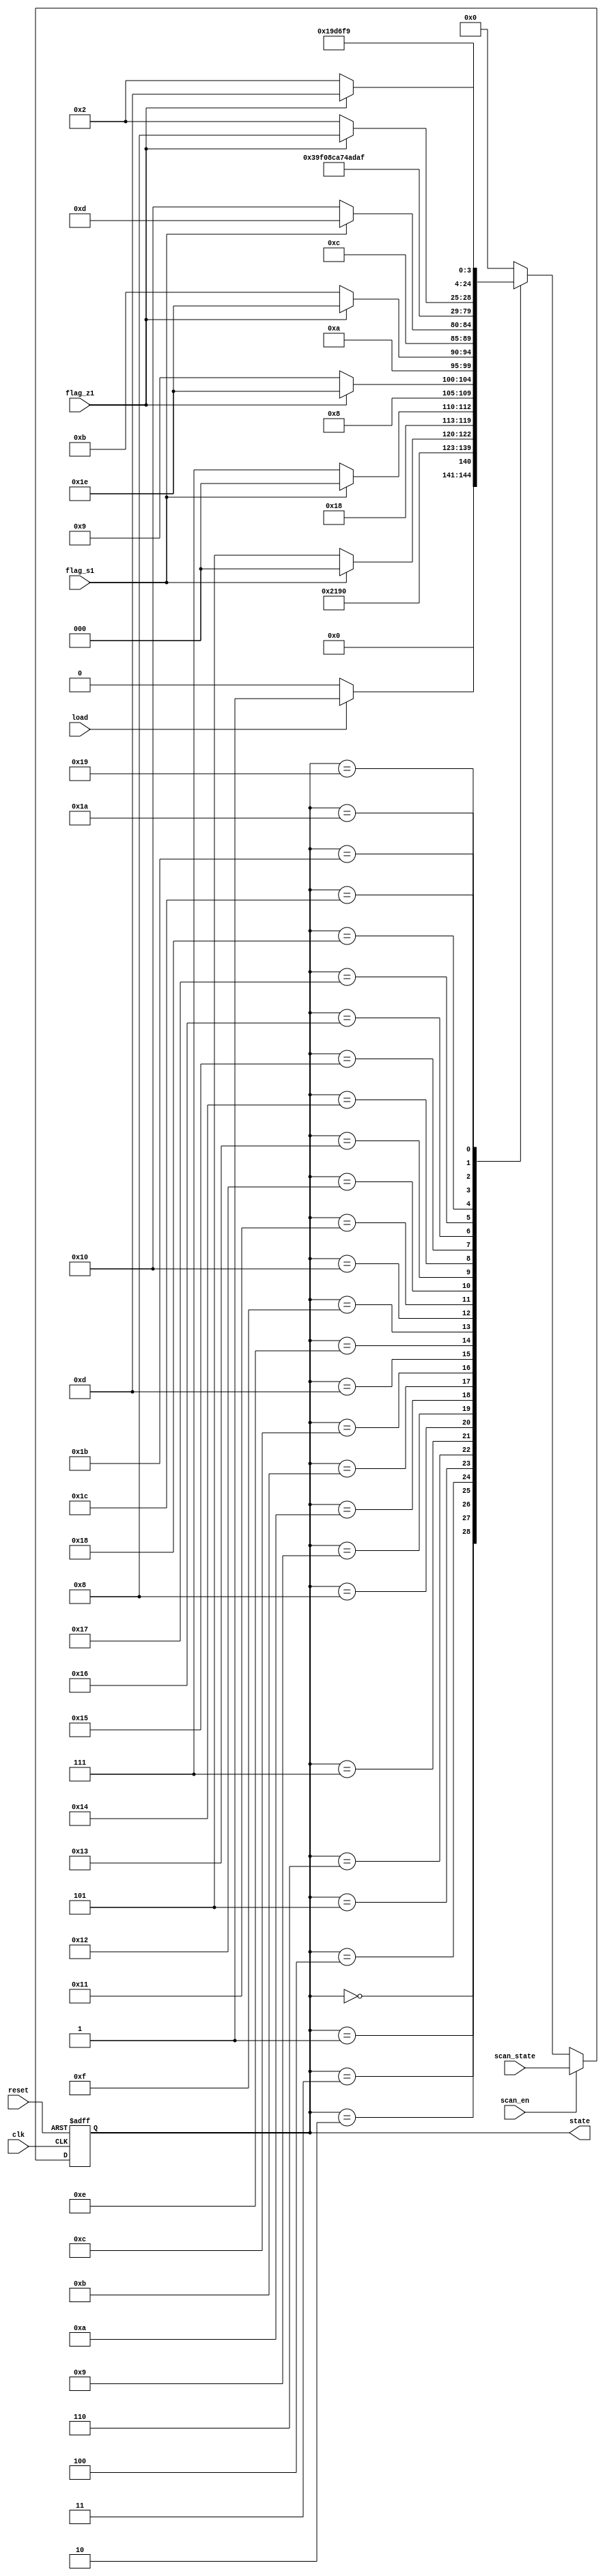
//Verilog HDL for "praktikum", "FSM" "functional"



module FSM (clk, flag_z1, flag_s1, load, reset, scan_en, scan_state,  state
);
			
	parameter IDLE = 5'b00000;

	parameter INIT1 = 5'b00001;
	parameter INIT2 = 5'b00010;
	parameter INIT3 = 5'b00011;
	parameter INIT4 = 5'b00100;

	parameter CHECK1 = 5'b00101;
	parameter CHECK2 = 5'b00110;
	parameter CHECK3 = 5'b00111;		
	parameter CHECK4 = 5'b01000;		
	parameter CHECK5 = 5'b01001;		
	parameter CHECK6 = 5'b01010;
	parameter CHECK7 = 5'b01011;
	parameter CHECK8 = 5'b01100;

	parameter EXCHANGE1 = 5'b01101;		
	parameter EXCHANGE2 = 5'b01110;		
	parameter EXCHANGE3 = 5'b01111;

	parameter PRELOOP1 = 5'b10000;		
	parameter PRELOOP2 = 5'b10001;

	parameter LOOP1 = 5'b10010;
	parameter LOOP2 = 5'b10011;
    parameter LOOP3 = 5'b10100;
    parameter LOOP4 = 5'b10101;
    parameter LOOP5 = 5'b10110;
    parameter LOOP6 = 5'b10111;
    parameter LOOP7 = 5'b11000;
    parameter LOOP8 = 5'b11001;
    parameter LOOP9 = 5'b11010;
    parameter LOOP10 = 5'b11011;
    parameter LOOP11 = 5'b11100;

    parameter END1 = 5'b11101;
    parameter END2 = 5'b11110;

	
	input clk;
	input reset;
	input load;
    input flag_z1;
	input flag_s1;
	input scan_en;
	input [4:0] scan_state;
	
	output [4:0] state;
	
	reg [4:0] state;
	reg [4:0] next_state;
	
	//current_state(state register)
	always @(posedge clk or posedge reset)
		if(reset) begin
			state <= IDLE;
		end
		else if(scan_en) begin
			state <= scan_state;
		end
		else begin
			state <= next_state;
		end
		
	//next_state logic
	always @(state or load or flag_s1 or flag_z1)
		case(state)
			IDLE: 	if(load) begin
						next_state = INIT1;
					end
					else begin
						next_state = IDLE;
					end
			INIT1:	next_state = INIT2;
			INIT2: 	next_state = INIT3;
			INIT3:	next_state = INIT4;
			INIT4:	if(flag_s1) begin
						next_state = IDLE;
					end
					else begin
						next_state = CHECK1;
					end

			CHECK1:	next_state = CHECK2;
			CHECK2:	if(flag_s1) begin
						next_state = IDLE;
					end
					else begin
						next_state = CHECK3;
					end

			CHECK3:	next_state = CHECK4;
			CHECK4:	if(flag_z1) begin
						next_state = END2;
					end
					else begin
						next_state = CHECK5;
					end
            
			CHECK5:next_state = CHECK6;
			CHECK6:if(flag_z1) begin
						next_state = END2;
					end
					else begin
						next_state = CHECK7;
					end
            
			CHECK7:next_state = CHECK8;
			CHECK8:if(flag_s1) begin
						next_state = EXCHANGE1;
					end
					else begin
						next_state = PRELOOP1;
					end
            
            EXCHANGE1:next_state = EXCHANGE2;
            EXCHANGE2:next_state = EXCHANGE3;
            EXCHANGE3:next_state = PRELOOP1;

            PRELOOP1:next_state = PRELOOP2;
            PRELOOP2:next_state = LOOP1;
            LOOP1:next_state = LOOP2;
            LOOP2:next_state = LOOP3;
            LOOP3:next_state = LOOP4;
            LOOP4:next_state = LOOP5;
            LOOP5:next_state = LOOP6;

			LOOP6:if(flag_z1) begin
						next_state = LOOP7;
					end
					else begin
						next_state = LOOP1;
					end
            LOOP7: next_state = LOOP8;
            LOOP8: next_state = LOOP9;
            LOOP9: next_state = LOOP10;
            LOOP10: next_state = LOOP11;
            LOOP11: if(flag_z1) begin
						next_state = END1;
					end
					else begin
						next_state = LOOP1;
					end
            END1: next_state = IDLE;
            END2: next_state = IDLE;

            
			default: begin 
					next_state = IDLE;
					end
		endcase
	
	
endmodule